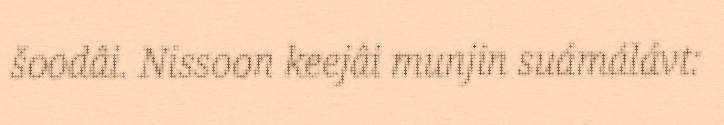
šoodâi. Nissoon keejâi munjin suámálávt: